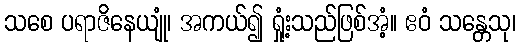
သစေ ပရာဇိနေယျုံ၊ အကယ်၍ ရှုံ့းသည်ဖြစ်အံ့။ ဧဝံ သန္တေသု၊